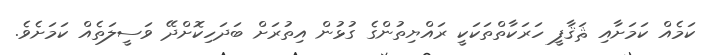
ކަމެއް ކަމަށާއި ޘަޤާފީ ހަރަކާތްތަކަކީ ރައްޔިތުންގެ ގުޅުން އިތުރަށް ބަދަހިކޮށްދޭ ވަސީލަތެއް ކަމަށެވެ.